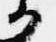
候